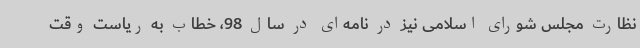
نظارت مجلس شورای اسلامی نیز در نامه‌ای در سال 98، خطاب به ریاست وقت